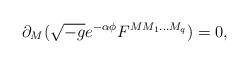
LaTeX: \begin{align*}\partial _{M}(\sqrt{-g}e^{-\alpha \phi}F^{MM_{1}...M_{q}})=0, \end{align*}